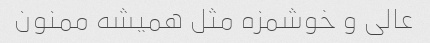
عالی و خوشمزه مثل همیشه ممنون